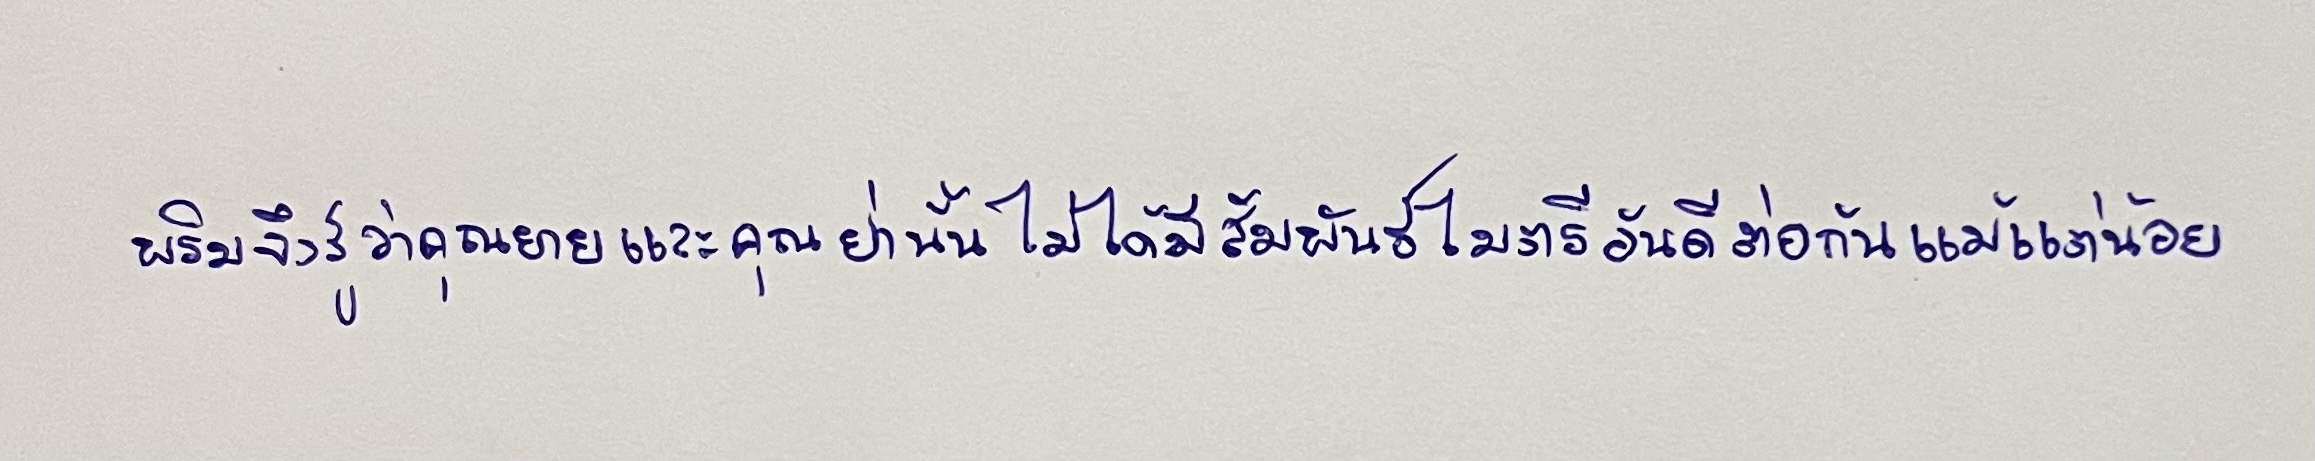
พริมจึงรู้ว่าคุณยายและคุณย่านั้นไม่ได้มีสัมพันธ์ไมตรีอันดีต่อกันแม้แต่น้อย